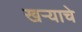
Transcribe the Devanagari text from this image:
खऱ्याचे